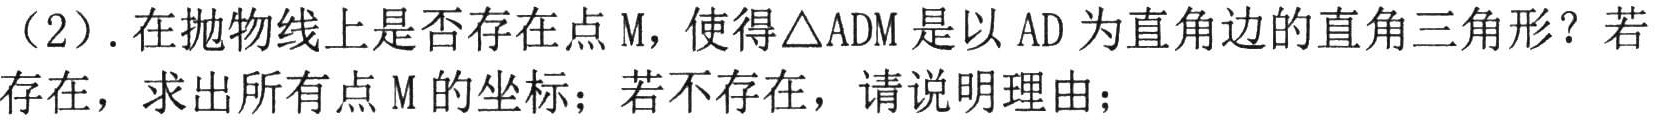
（2）. 在抛物线上是否存在点\(M\)，使得\(\triangle ADM\)是以\(AD\)为直角边的直角三角形？若存在，求出所有点\(M\)的坐标；若不存在，请说明理由；